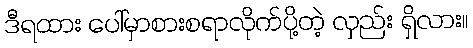
ဒီရထား ပေါ်မှာစားစရာလိုက်ပို့တဲ့ လှည်း ရှိလား။